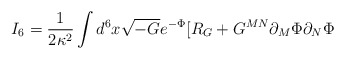
\begin{align*}I_6=\frac{1}{2\kappa^2}\int d^6x \sqrt{-G}e^{-\Phi}[R_G+G^{MN}\partial_M\Phi\partial_N\Phi\end{align*}